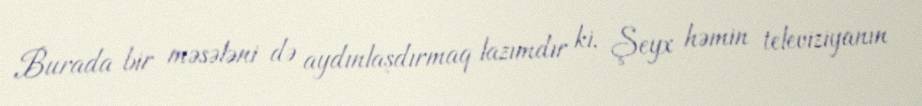
Burada bir məsələni də aydınlaşdırmaq lazımdır ki, Şeyx həmin televiziyanın